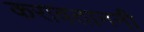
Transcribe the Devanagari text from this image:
करावताननी